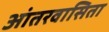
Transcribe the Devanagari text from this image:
आंतरवासिता